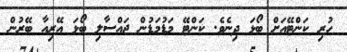
ހުރި ކަންޓޭއަށް ބޯޅަ ދިނެވެ. ކަންޓޭ މަޑުމަޑުން ޖައްސާލި ބޯޅަ އޭރިއާ ބޭރުން